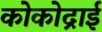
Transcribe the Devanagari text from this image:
कोकोद्राई